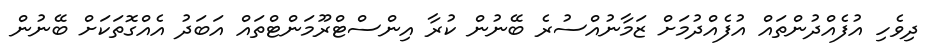
ދިވެހި އުފެއްދުންތައް އުފެއްދުމަށް ޒަމާނުއްސުރެ ބޭނުން ކުރާ އިންސްޓްރޫމަންޓްތައް އަބަދު އެއްގޮތަކަށް ބޭނުން